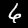
Digit: 6